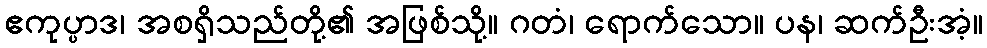
ဧကုပ္ပာဒ၊ အစရှိသည်တို့၏ အဖြစ်သို့။ ဂတံ၊ ရောက်သော။ ပန၊ ဆက်ဦးအံ့။